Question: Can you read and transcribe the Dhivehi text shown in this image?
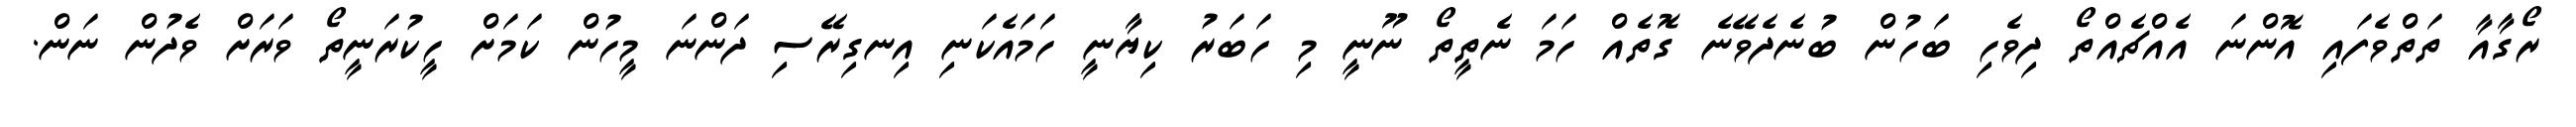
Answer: ރޯގާއާ ތަތްވެފައި އޮންނަ އެއްޗެއްތޯ ދިވެހި ބަހުން ބުނެދެވޭނެ ގޮތެއް ހަމަ ނެތީތޯ ނޫނީ މި ހަބަރު ކިޔާނީ ހަމައެކަނި އިނގިރޭސި ދަންނަ މީހުން ކަމަށް ހީކުރަނީތޯ ވަރަށް ވެދުން ނަން.